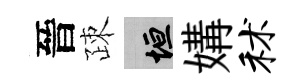
晉疎垣媾秫